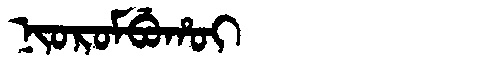
Manchu: ᠨᡳᠣᡵᠣᠮᠪᡠᡥᠣᡳ
Romanization: NIOROMBUHOI